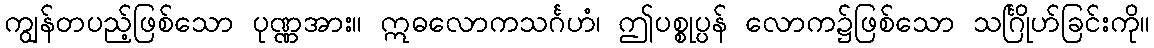
ကျွန်တပည့်ဖြစ်သော ပုဏ္ဏအား။ ဣဓလောကသင်္ဂဟံ၊ ဤပစ္စုပ္ပန် လောက၌ဖြစ်သော သင်္ဂြိုဟ်ခြင်းကို။